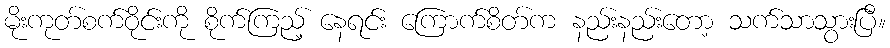
မိုးကုတ်စက်ဝိုင်းကို စိုက်ကြည့် နေရင်း ကြောက်စိတ်က နည်းနည်းတော့ သက်သာသွားပြီ။